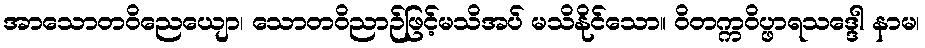
အာသောတဝိညေယျော၊ သောတဝိညာဉ်ဖြင့်မသိအပ် မသိနိုင်သော။ ဝိတက္ကဝိပ္ဖာရသဒ္ဒေါ နာမ၊